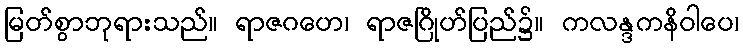
မြတ်စွာဘုရားသည်။ ရာဇဂဟေ၊ ရာဇဂြိုဟ်ပြည်၌။ ကလန္ဒကနိဝါပေ၊